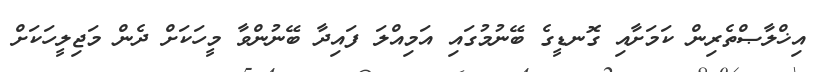
އިޚްލާޞްތެރިން ކަމަށާއި ގޮނޑީގެ ބޭނުމުގައި އަމިއްލަ ފައިދާ ބޭނުންވާ މީހަކަށް ދެން މަޖިލީހަކަށް